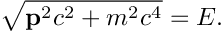
{ \sqrt { \mathbf { p } ^ { 2 } c ^ { 2 } + m ^ { 2 } c ^ { 4 } } } = E .